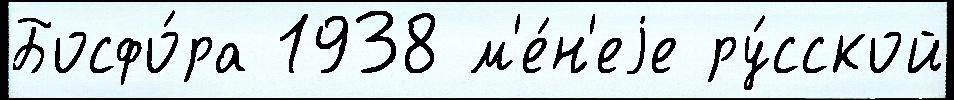
Босфо́ра 1938 м'е́н'еjе ру́сской